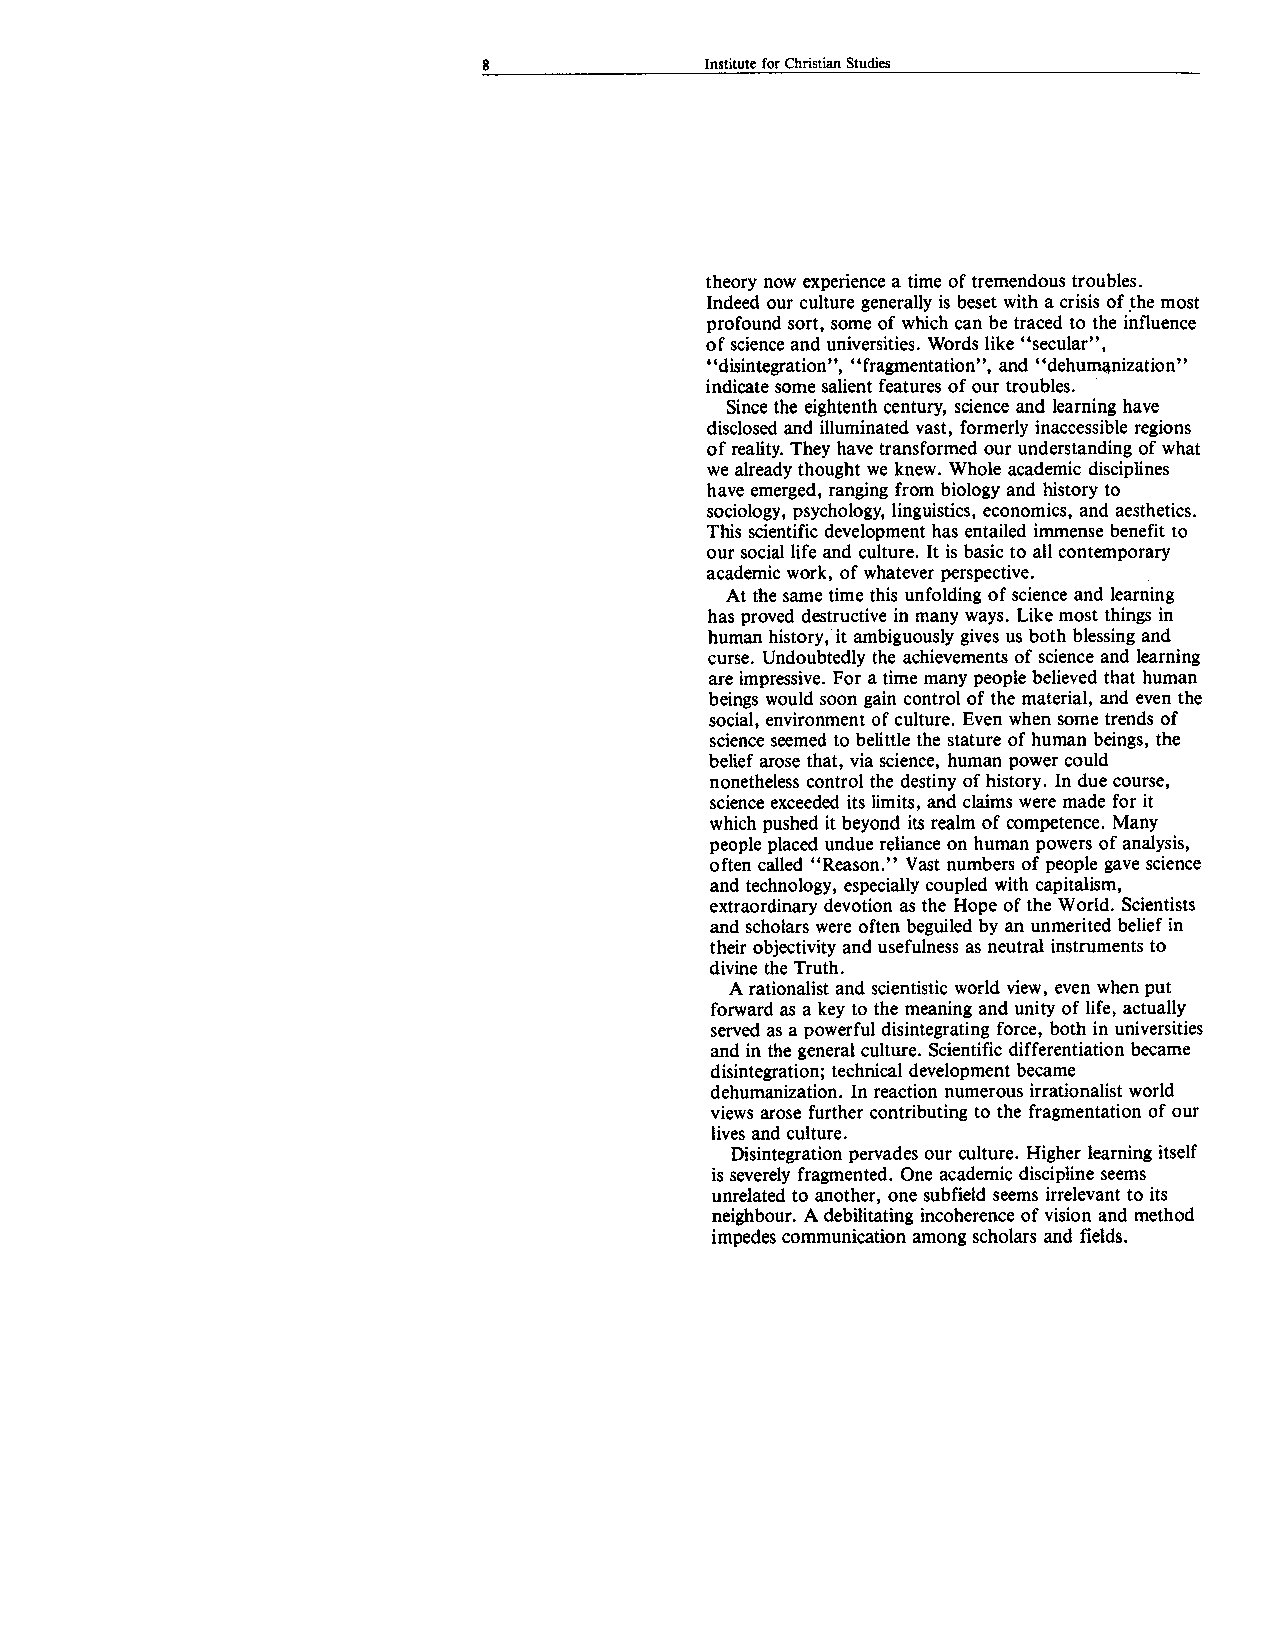
8              Institute for Christian Studies
 theory now experience a time of tremendous troubles.
 Indeed our culture generally is beset with a crisis of the most
 profound sort, some of which can be traced to the influence
 of science and universities. Words like “secular”,
 “disintegration”, “fragmentation”, and “dehumanization”
 indicate some salient features of our troubles.
 Since the eightenth century, science and learning have
 disclosed and illuminated vast, formerly inaccessible regions
 of reality. They have transformed our understanding of what
 we already thought we knew. Whole academic disciplines
 have emerged, ranging from biology and history to
 sociology, psychology, linguistics, economics, and aesthetics.
 This scientific development has entailed immense benefit to
 our social life and culture. It is basic to all contemporary
 academic work, of whatever perspective.
 At the same time this unfolding of science and learning
 has proved destructive in many ways. Like most things in
 human history, it ambiguously gives us both blessing and
 curse. Undoubtedly the achievements of science and learning
 are impressive. For a time many people believed that human
 beings would soon gain control of the material, and even the
 social, environment of culture. Even when some trends of
 science seemed to belittle the stature of human beings, the
 belief arose that, via science, human power could
 nonetheless control the destiny of history. In due course,
 science exceeded its limits, and claims were made for it
 which pushed it beyond its realm of competence. Many
 people placed undue reliance on human powers of analysis,
 often called “Reason.” Vast numbers of people gave science
 and technology, especially coupled with capitalism,
 extraordinary devotion as the Hope of the World. Scientists
 and scholars were often beguiled by an unmerited belief in
 their objectivity and usefulness as neutral instruments to
 divine the Truth.
 A rationalist and scientistic world view, even when put
 forward as a key to the meaning and unity of life, actually
 served as a powerful disintegrating force, both in universities
 and in the general culture. Scientific differentiation became
 disintegration; technical development became
 dehumanization. In reaction numerous irrationalist world
 views arose further contributing to the fragmentation of our
 lives and culture.
 Disintegration pervades our culture. Higher learning itself
 is severely fragmented. One academic discipline seems
 unrelated to another, one subfield seems irrelevant to its
 neighbour. A debilitating incoherence of vision and method
 impedes communication among scholars and fields.